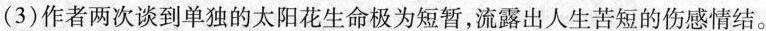
(3)作者两次谈到单独的太阳花生命极为短暂，流露出人生苦短的伤感情结。